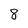
Character: 8